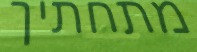
מתחתיך